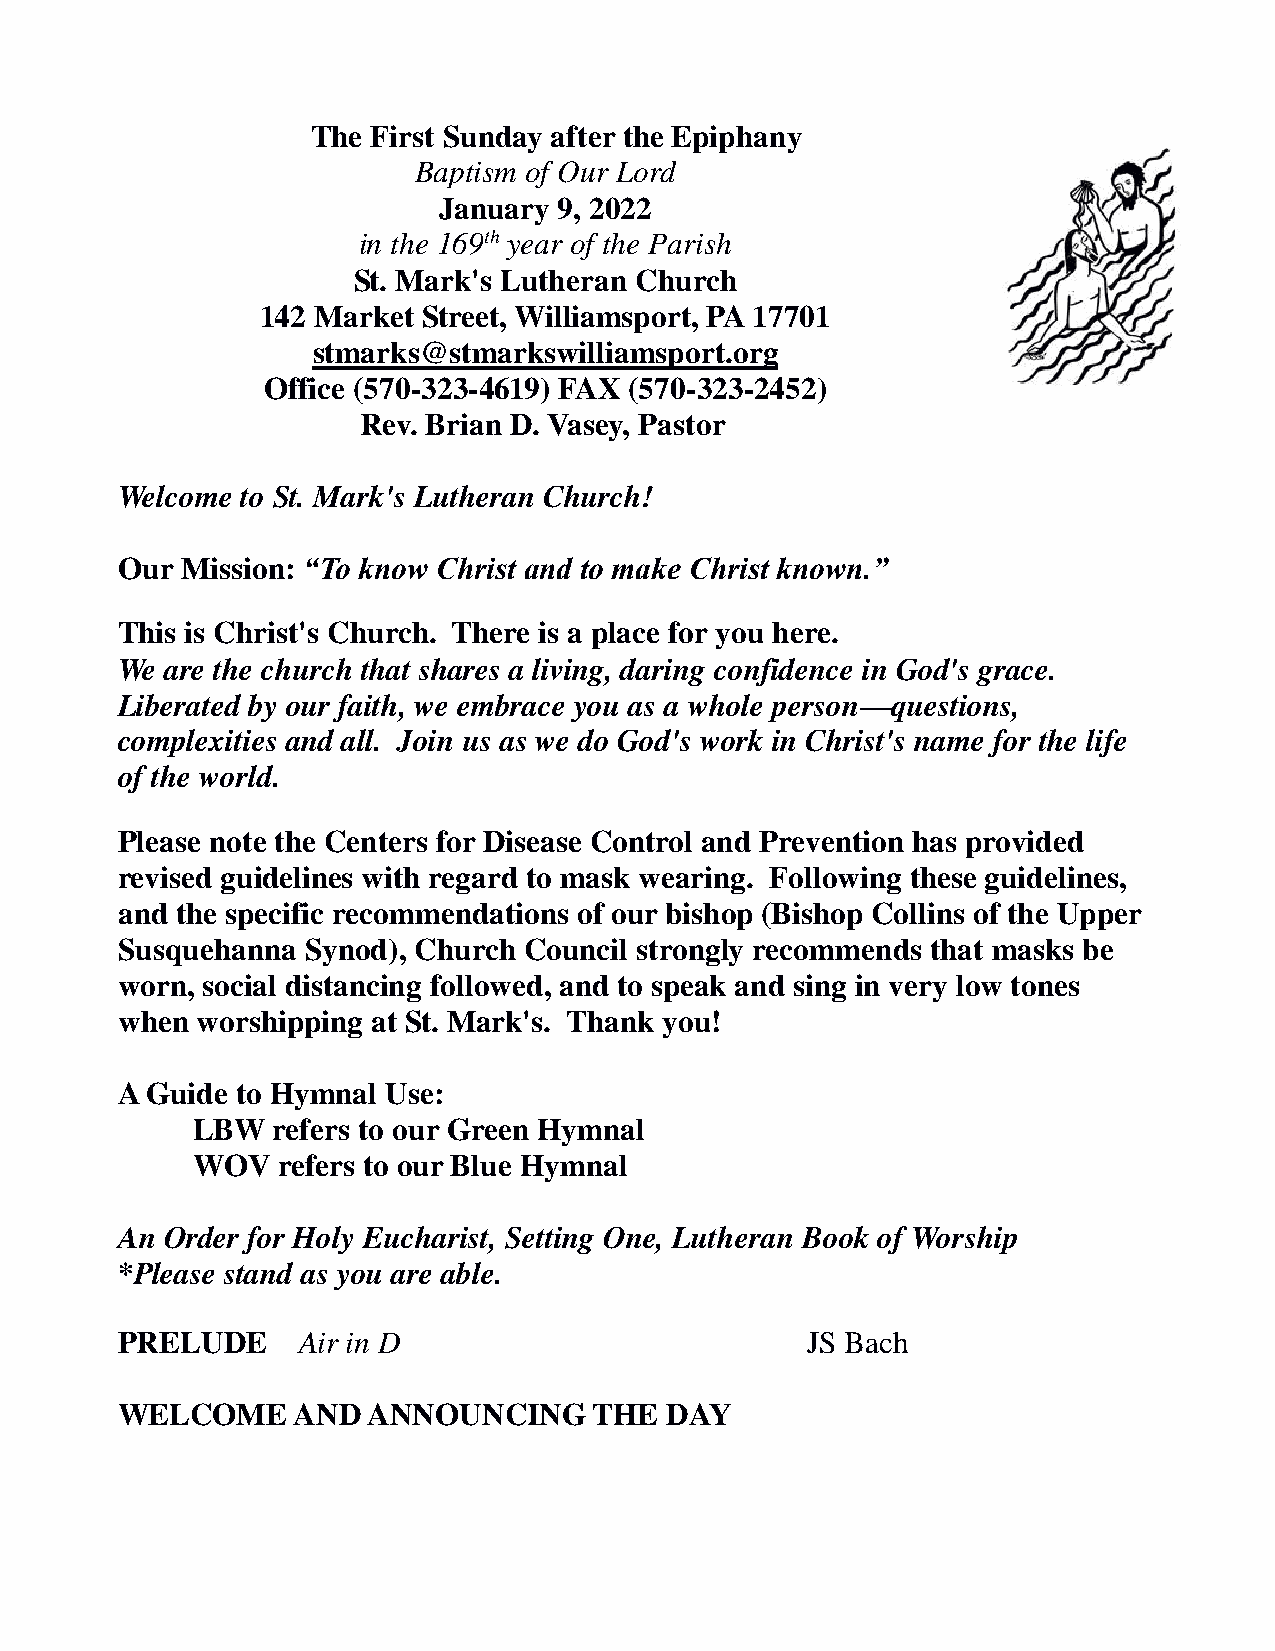
The First Sunday after the Epiphany
 Baptism of Our Lord
 January 9, 2022
 in the 169th year of the Parish
 St. Mark's Lutheran Church
 142 Market Street, Williamsport, PA 17701
 stmarks@stmarkswilliamsport.org
 Office (570-323-4619) FAX (570-323-2452)
 Rev. Brian D. Vasey, Pastor
 Welcome to St. Mark's Lutheran Church!
 Our Mission: “To know Christ and to make Christ known.”
 This is Christ's Church. There is a place for you here.
 We are the church that shares a living, daring confidence in God's grace.
 Liberated by our faith, we embrace you as a whole person—questions,
 complexities and all. Join us as we do God's work in Christ's name for the life
 of the world.
 Please note the Centers for Disease Control and Prevention has provided
 revised guidelines with regard to mask wearing. Following these guidelines,
 and the specific recommendations of our bishop (Bishop Collins of the Upper
 Susquehanna Synod), Church Council strongly recommends that masks be
 worn, social distancing followed, and to speak and sing in very low tones
 when worshipping at St. Mark's. Thank you!
 A Guide to Hymnal Use:
 LBW  refers to our Green Hymnal
 WOV  refers to our Blue Hymnal
 An Order for Holy Eucharist, Setting One, Lutheran Book of Worship
 *Please stand as you are able.
 PRELUDE     Air in D                         JS Bach
 WELCOME    AND  ANNOUNCING     THE  DAY